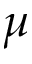
\mu